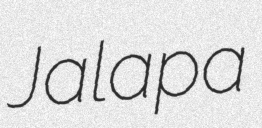
Jalapa